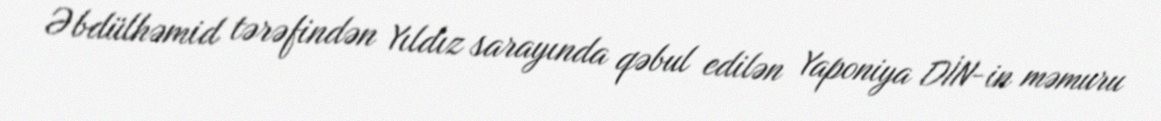
Əbdülhəmid tərəfindən Yıldız sarayında qəbul edilən Yaponiya DİN-in məmuru